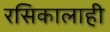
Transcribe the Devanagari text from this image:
रसिकालाही